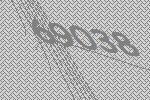
69038